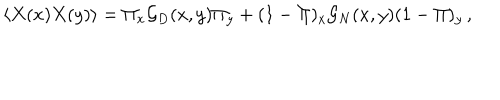
\langle X ( x ) X ( y ) \rangle = \Pi _ { x } { \cal G } _ { D } ( x , y ) \Pi _ { y } + ( 1 - \Pi ) _ { x } { \cal G } _ { N } ( x , y ) ( 1 - \Pi ) _ { y } \, ,